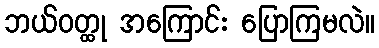
ဘယ်ဝတ္ထု အကြောင်း ပြောကြမလဲ။